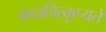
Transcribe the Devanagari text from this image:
कदाचित्कुप्यते